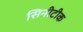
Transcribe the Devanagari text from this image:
सिनीटीक